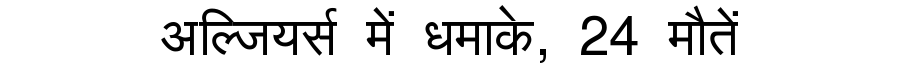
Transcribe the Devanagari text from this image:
अल्जियर्स में धमाके, 24 मौतें